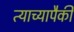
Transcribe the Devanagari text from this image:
त्याच्यापैकी